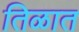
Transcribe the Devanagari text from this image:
तिळात